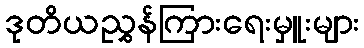
ဒုတိယညွှန်ကြားရေးမှူးများ